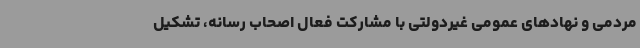
مردمی و نهادهای عمومی غیردولتی با مشارکت فعال اصحاب رسانه، تشکیل